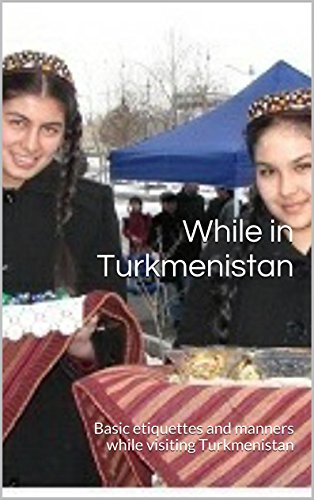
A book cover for While in Turkmenistan: Basic etiquettes and manners while visiting Turkmenistan; Tariq Saeedi; Travel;